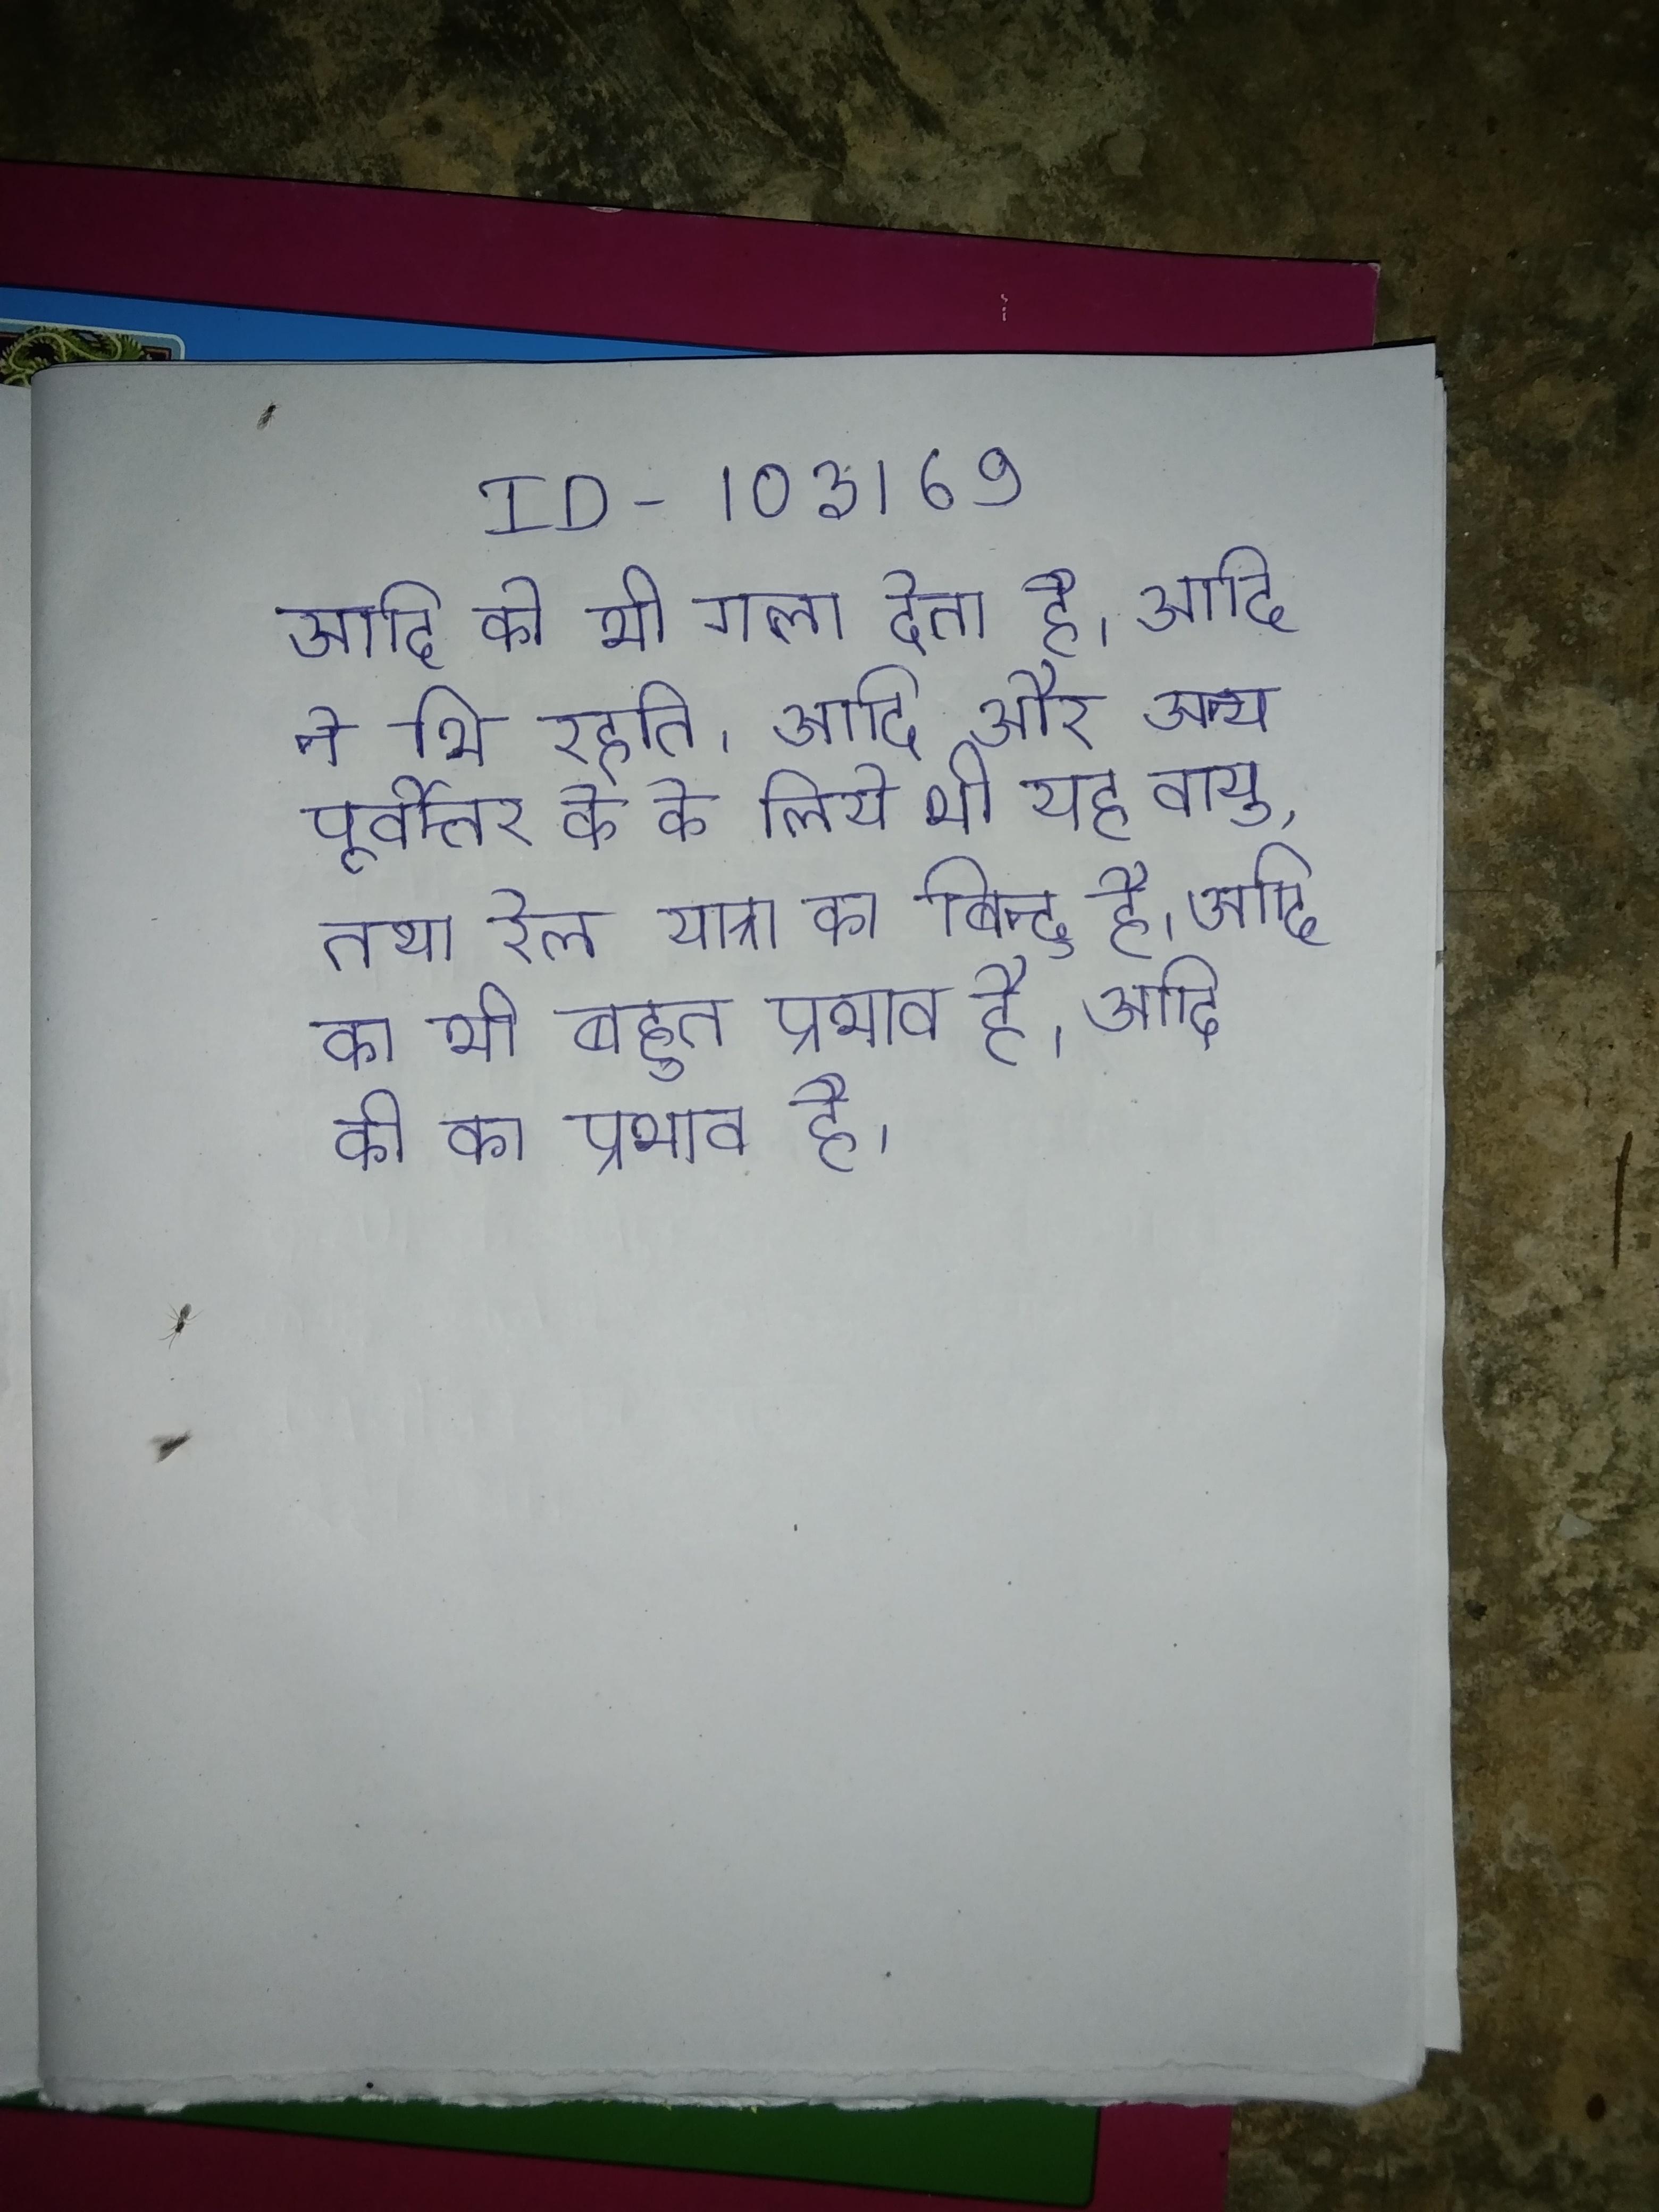
आदि को भी गला देता है । आदि ने भि रहति । आदि और अन्य पूर्वोत्तर के के लिये भी यह वायु, तथा रेल यात्रा का बिन्दु है । आदि का भी बहुत प्रभाव है । आदि की का प्रभाव है ।